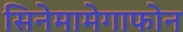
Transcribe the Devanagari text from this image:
सिनेमामेगाफोन